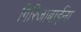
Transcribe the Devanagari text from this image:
गिरिजाबाईंना